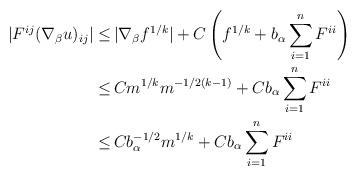
LaTeX: \begin{align*}\begin{aligned}|F^{ij} (\nabla_\beta u)_{ij}| \leq \,& |\nabla_\beta f^{1/k}| + C \left(f^{1/k} + b_\alpha \sum_{i=1}^n F^{ii}\right)\\ \leq \,& C m^{1/k} m^{-1/2(k-1)} + C b_\alpha \sum_{i=1}^n F^{ii}\\ \leq \,& C b_\alpha^{-1/2} m^{1/k} + C b_\alpha \sum_{i=1}^n F^{ii}\end{aligned}\end{align*}